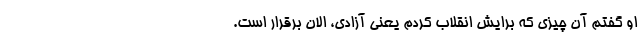
او گفتم آن چیزی که برایش انقلاب کردم یعنی آزادی، الان برقرار است.